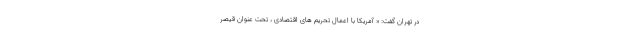
در تهران گفت: « آمریکا با اعمال تحریم های اقتصادی ، تحت عنوان قیصر